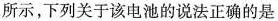
所示，下列关于该电池的说法正确的是